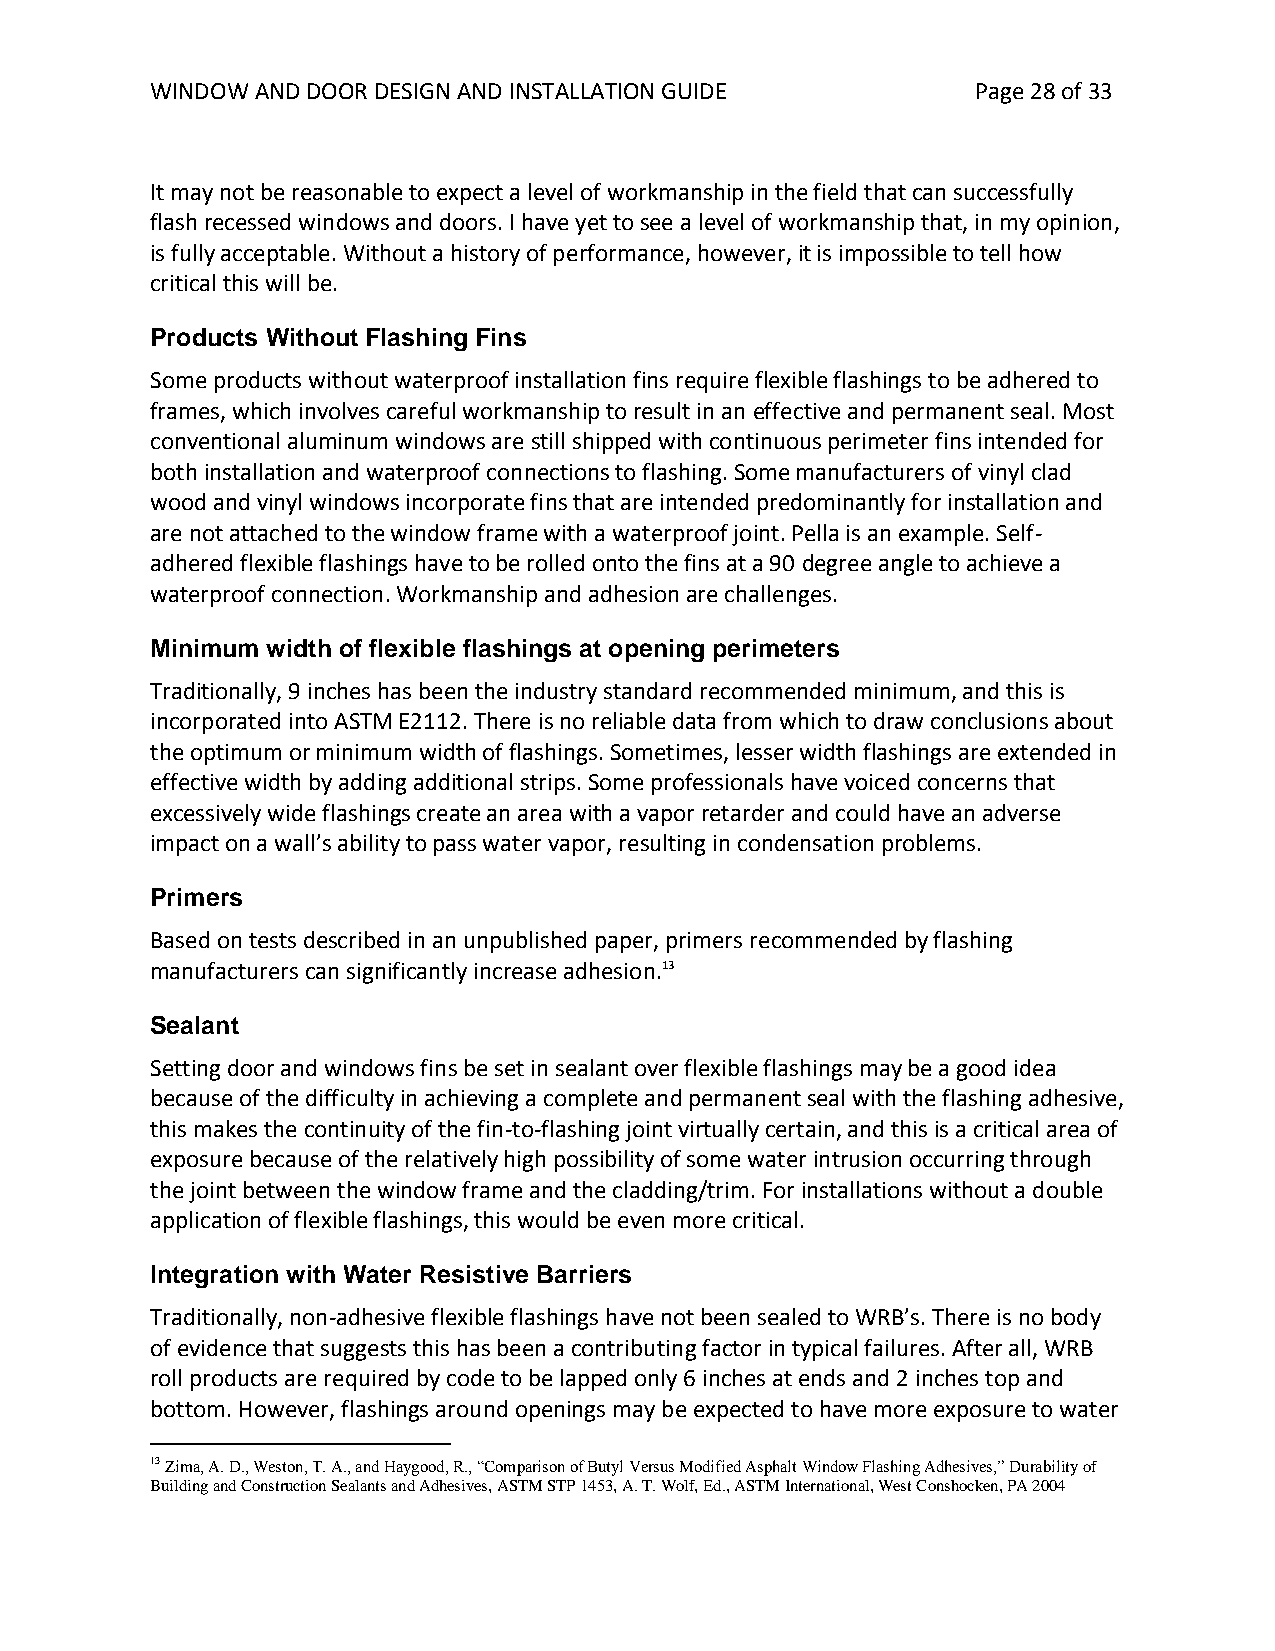
WINDOW AND DOOR DESIGN AND INSTALLATION GUIDE          Page 28 of 33
 It may not be reasonable to expect a level of workmanship in the field that can successfully
 flash recessed windows and doors. I have yet to see a level of workmanship that, in my opinion,
 is fully acceptable. Without a history of performance, however, it is impossible to tell how
 critical this will be.
 Products Without Flashing Fins
 Some products without waterproof installation fins require flexible flashings to be adhered to
 frames, which involves careful workmanship to result in an effective and permanent seal. Most
 conventional aluminum windows are still shipped with continuous perimeter fins intended for
 both installation and waterproof connections to flashing. Some manufacturers of vinyl clad
 wood and vinyl windows incorporate fins that are intended predominantly for installation and
 are not attached to the window frame with a waterproof joint. Pella is an example. Self-
 adhered flexible flashings have to be rolled onto the fins at a 90 degree angle to achieve a
 waterproof connection. Workmanship and adhesion are challenges.
 Minimum width of flexible flashings at opening perimeters
 Traditionally, 9 inches has been the industry standard recommended minimum, and this is
 incorporated into ASTM E2112. There is no reliable data from which to draw conclusions about
 the optimum or minimum width of flashings. Sometimes, lesser width flashings are extended in
 effective width by adding additional strips. Some professionals have voiced concerns that
 excessively wide flashings create an area with a vapor retarder and could have an adverse
 impact on a wall’s ability to pass water vapor, resulting in condensation problems.
 Primers
 Based on tests described in an unpublished paper, primers recommended by flashing
 manufacturers can significantly increase adhesion.13
 Sealant
 Setting door and windows fins be set in sealant over flexible flashings may be a good idea
 because of the difficulty in achieving a complete and permanent seal with the flashing adhesive,
 this makes the continuity of the fin-to-flashing joint virtually certain, and this is a critical area of
 exposure because of the relatively high possibility of some water intrusion occurring through
 the joint between the window frame and the cladding/trim. For installations without a double
 application of flexible flashings, this would be even more critical.
 Integration with Water Resistive Barriers
 Traditionally, non-adhesive flexible flashings have not been sealed to WRB’s. There is no body
 of evidence that suggests this has been a contributing factor in typical failures. After all, WRB
 roll products are required by code to be lapped only 6 inches at ends and 2 inches top and
 bottom. However, flashings around openings may be expected to have more exposure to water
 13 Zima, A. D., Weston, T. A., and Haygood, R., “Comparison of Butyl Versus Modified Asphalt Window Flashing Adhesives,” Durability of
 Building and Construction Sealants and Adhesives, ASTM STP 1453, A. T. Wolf, Ed., ASTM International, West Conshocken, PA 2004